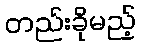
တည်းခိုမည့်